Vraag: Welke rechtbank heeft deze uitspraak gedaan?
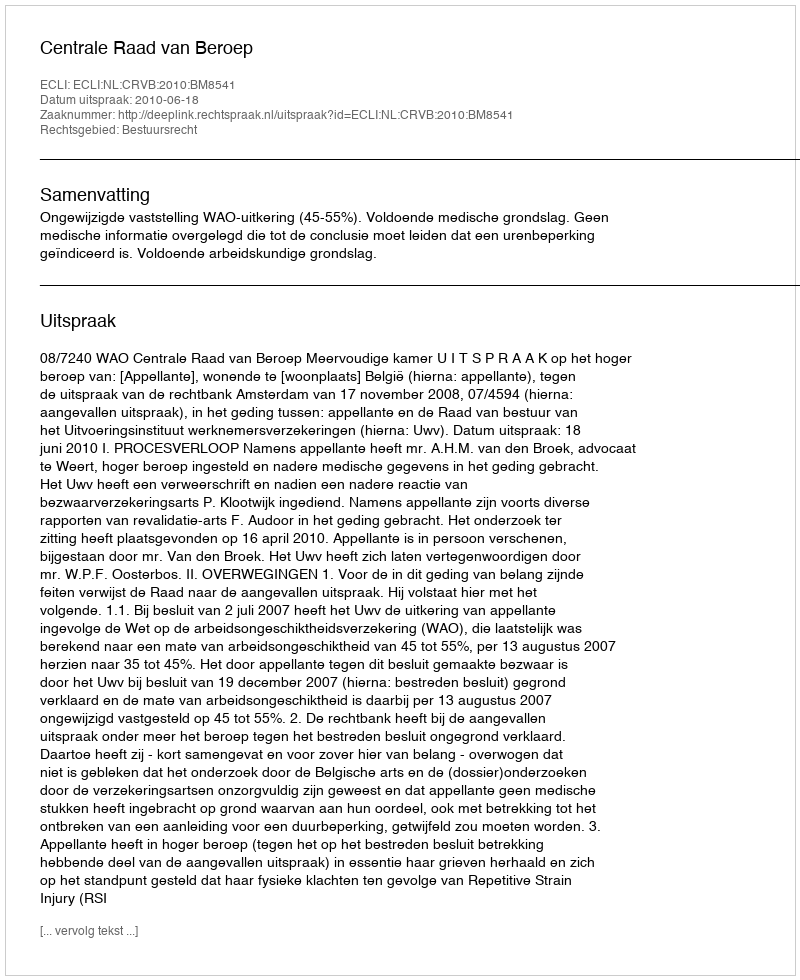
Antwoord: Centrale Raad van Beroep